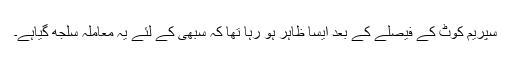
سپریم کوٹ کے فیصلے کے بعد ایسا ظاہر ہو رہا تھا کہ سبھی کے لئے یہ معاملہ سلجھ گیاہے۔